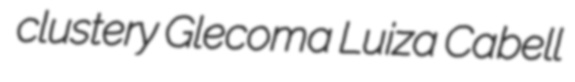
clustery Glecoma Luiza Cabell